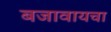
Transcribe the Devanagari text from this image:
बजावायचा